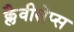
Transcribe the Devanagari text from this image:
क्लैवीसेप्स